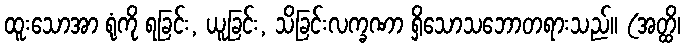
ထူးသောအာ ရုံကို ရခြင်း, ယူခြင်း, သိခြင်းလက္ခဏာ ရှိသောသဘောတရားသည်။ (အတ္ထိ၊